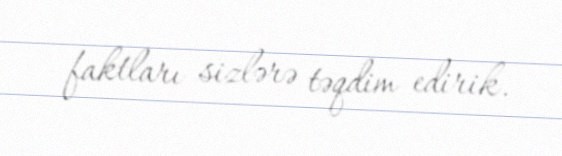
faktları sizlərə təqdim edirik.